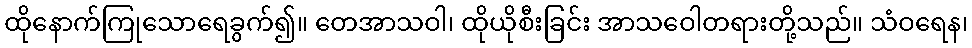
ထိုနောက်ကြုသောရေခွက်၍။ တေအာသဝါ၊ ထိုယိုစီးခြင်း အာသဝေါတရားတို့သည်။ သံဝရေန၊